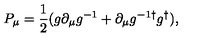
P _ { \mu } = { \frac { 1 } { 2 } } ( g \partial _ { \mu } g ^ { - 1 } + \partial _ { \mu } g ^ { - 1 \dagger } g ^ { \dagger } ) ,